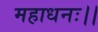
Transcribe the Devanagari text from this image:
महाधनः।।